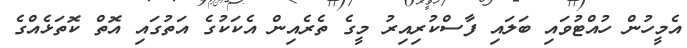
އެމީހުން ހުއްޓުވައި ބަލައި ފާސްކުރިއިރު މީގެ ތެރެއިން އެކަކުގެ އަތުގައި އޮތް ކޮތަޅެއްގެ